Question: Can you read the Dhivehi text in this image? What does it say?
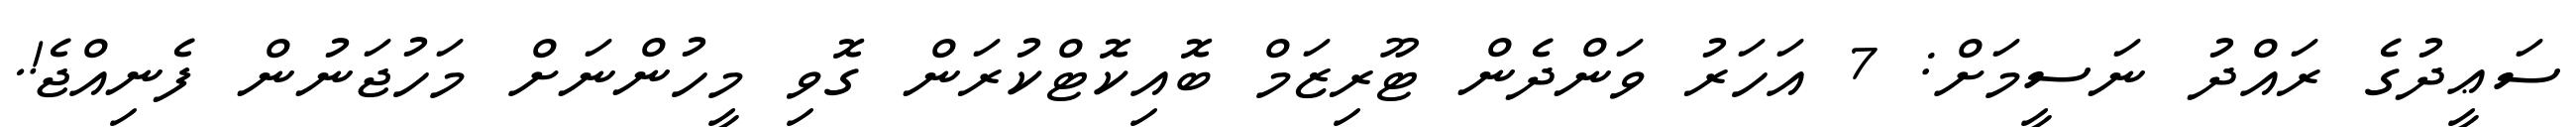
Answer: ސަޢީދުގެ ރައްދު ނަސީމަށް: 7 އަހަރު ވަންދެން ޓޫރިޒަމް ބޮއިކޮޓްކުރަން ގޮވި މީހުންނަށް މަހުޖަނުން ފެނިއްޖެ!.